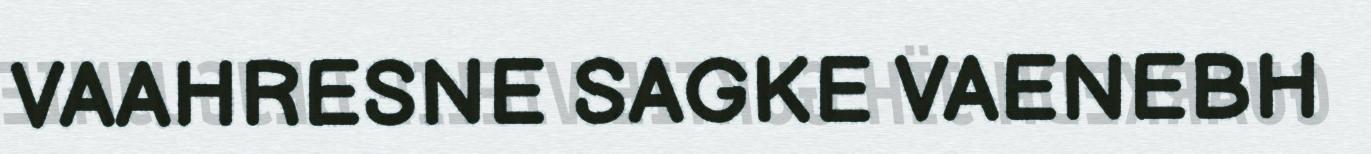
VAAHRESNE SAGKE VAENEBH